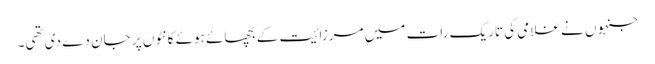
جنہوں نے غلامی کی تاریک رات میں مرزائیت کے بچھائے ہوئے کانٹوں پر جان دے دی تھی۔